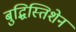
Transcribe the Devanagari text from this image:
बुद्धिस्तिशेन